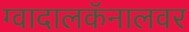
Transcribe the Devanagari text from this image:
ग्वादालकॅनालवर